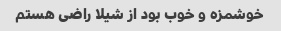
خوشمزه و خوب بود از شیلا راضی هستم